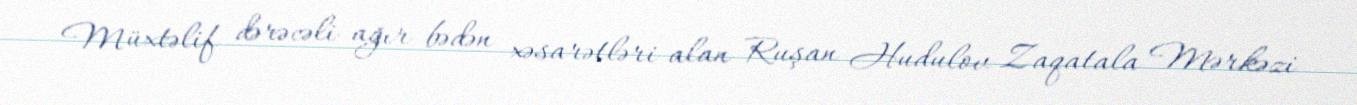
Müxtəlif dərəcəli ağır bədən xəsarətləri alan Ruşan Hudulov Zaqatala Mərkəzi